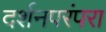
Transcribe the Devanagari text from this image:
दर्शनपरंपरा